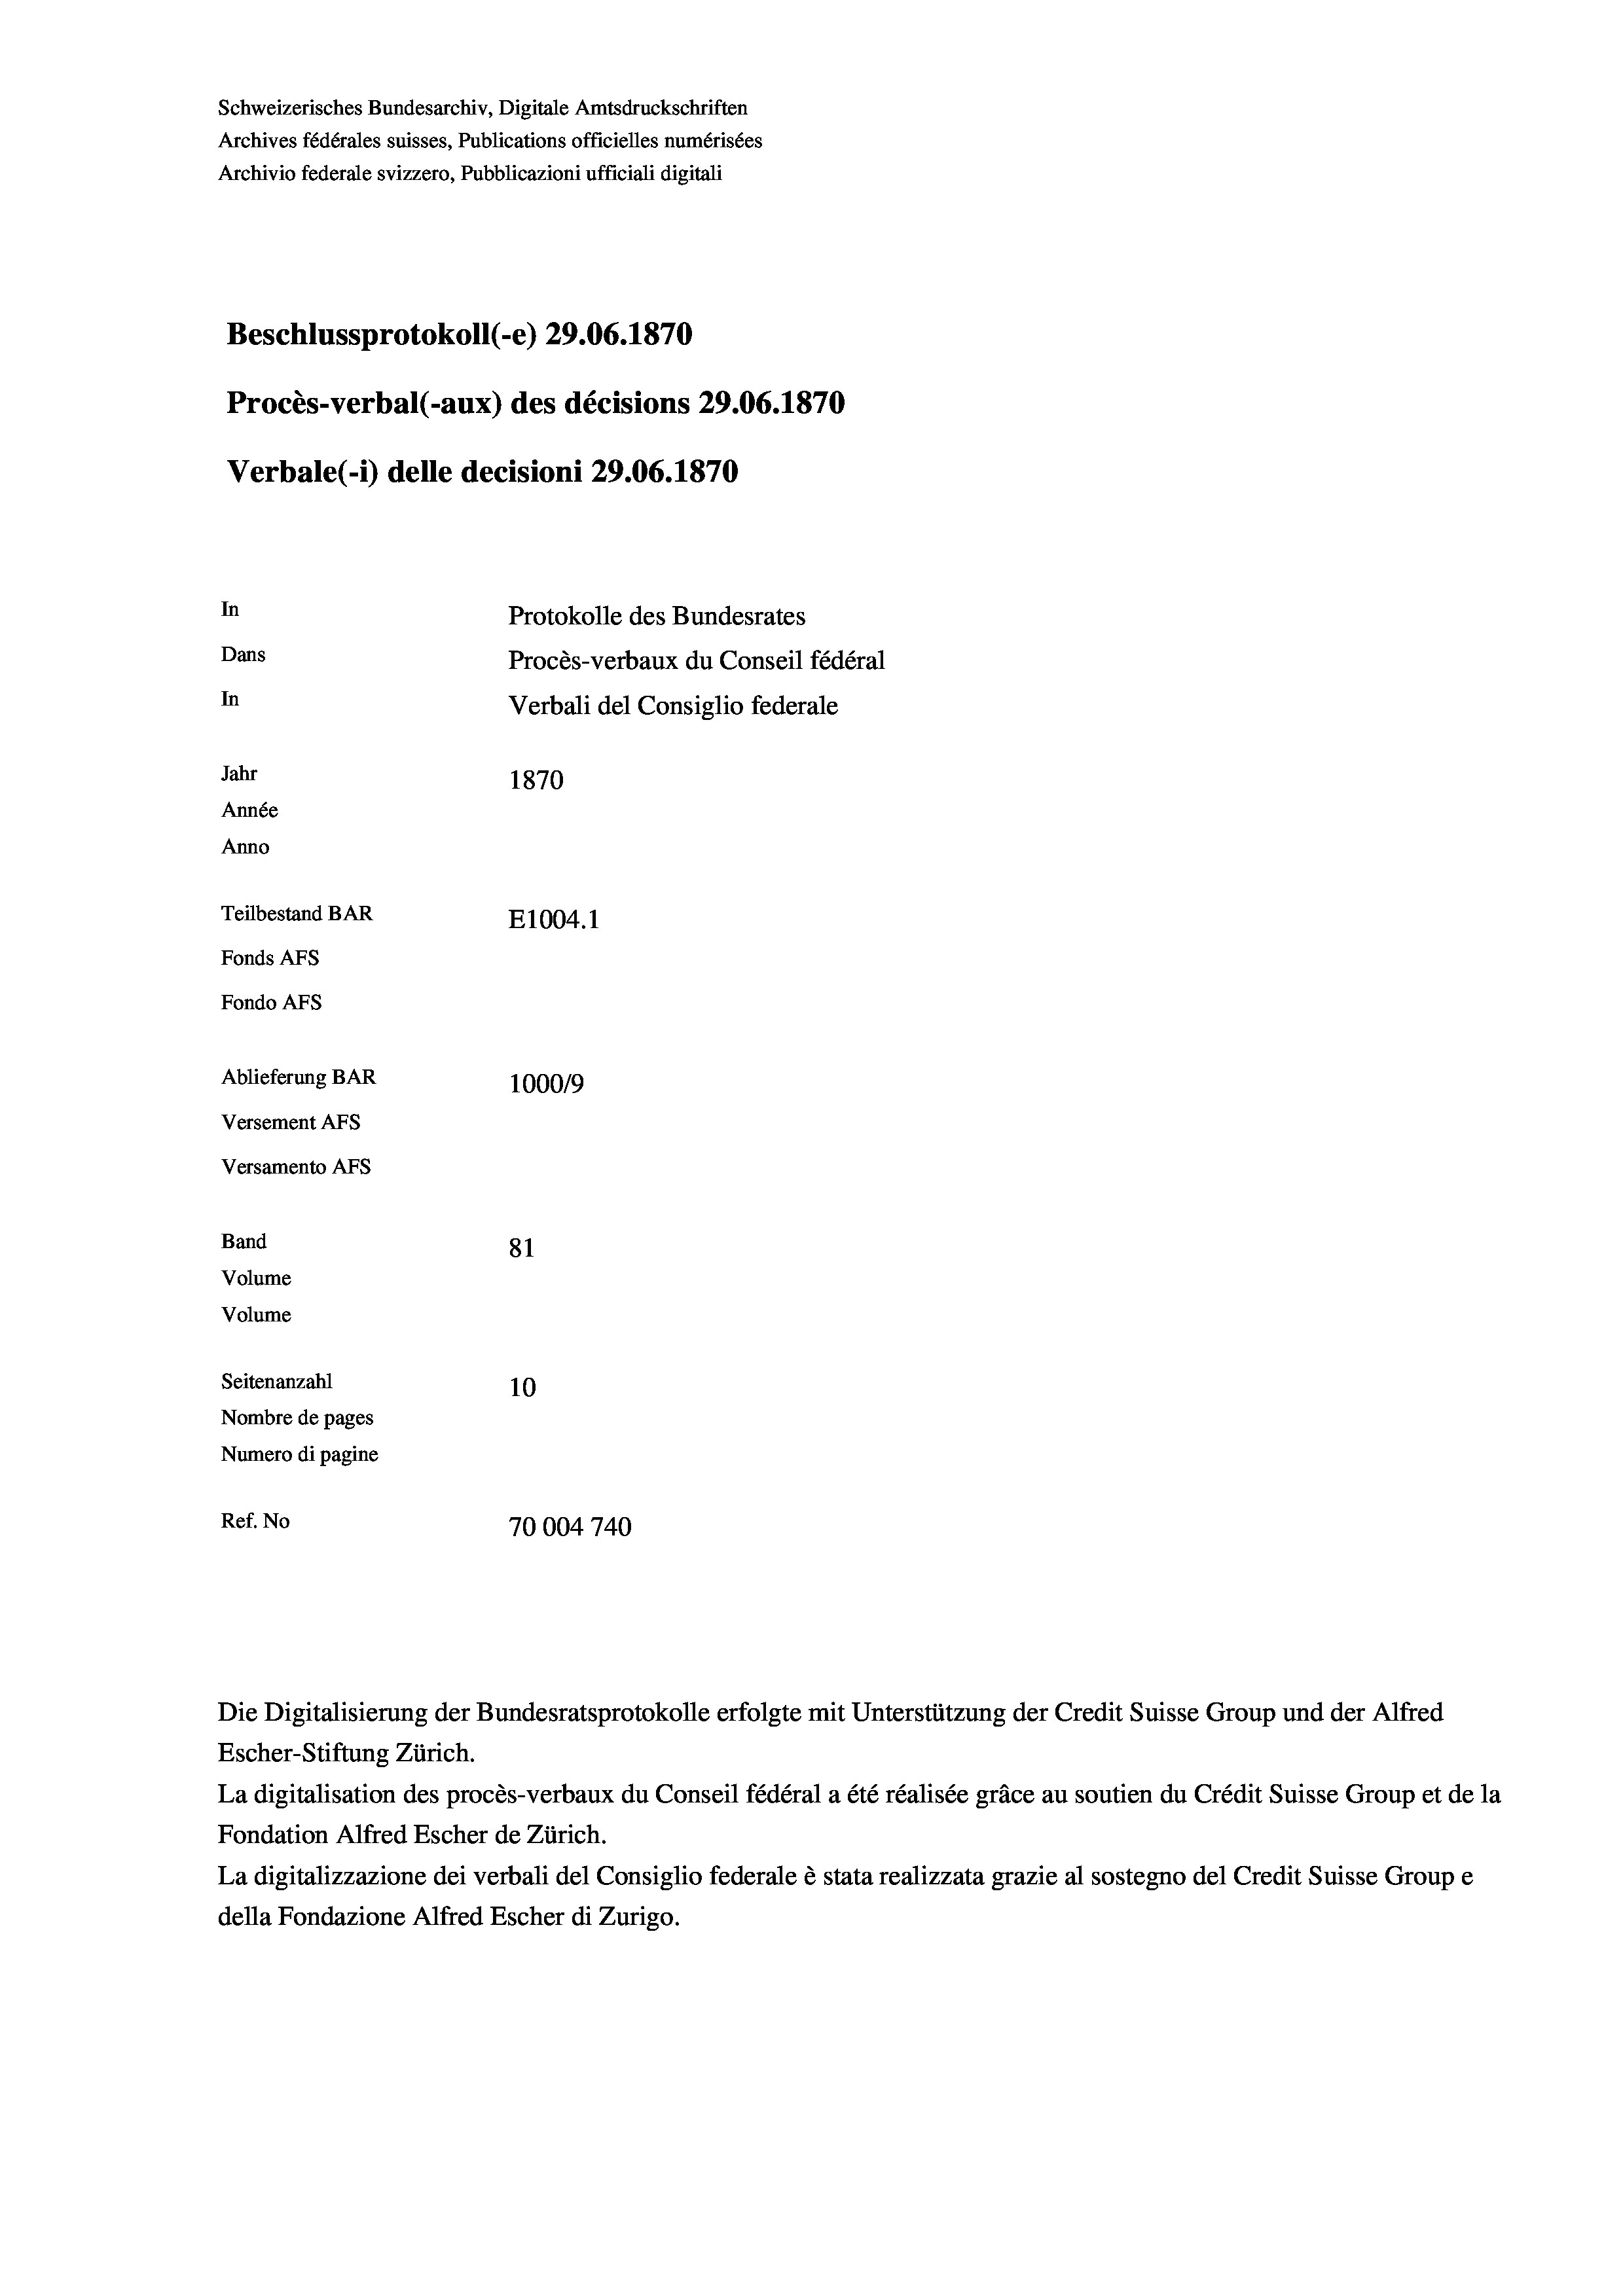
Schweizerisches Bundesarchiv, Digitale Amtsdruckschriften
Archives fédérales suisses, Publications officielles numérisées
Archivio federale svizzero, Pubblicazioni ufficiali digitali
Beschlussprotokoll (-e) 29.06. 1870
Procès-verbal (-aux) des décisions 29.06. 1870
Verbale (- 1) delle decisioni 29.06. 1870
In
Protokolle des Bundesrates
Dans
Procès-verbaux du Conseil fédéral
In
Verbali del Consiglio federale
Jahr
1870
Année
Anno
Teilbestand BAR
E1004.1
Fonds AFs
Fondo AFs
Ablieferung BAR
100019
Versement Abs
Versamento Afs
Band
81

Seitenanzahl
10
Nombre de pages
Numero di pagine
Ref. No
70004740

Volume
Volume

Escher-Stiftung Zürich.
La digitalisation des procès-verbaux du Conseil fédéral a été réalisée gräce au soutien du Crédit Suisse Group et de la
Fondation Alfred Escher de Zürich.
La digitalizzazione dei verbali del Consiglio federale è stata realizzata grazie al sostegno del Credit Suisse Groupe
della Fondazione Alfred Escher di Zurigo.

Die Digitalisierung der Bundesratsprotokolle erfolgte mit Unterstützung der Credit Suisse Group und der Alfred